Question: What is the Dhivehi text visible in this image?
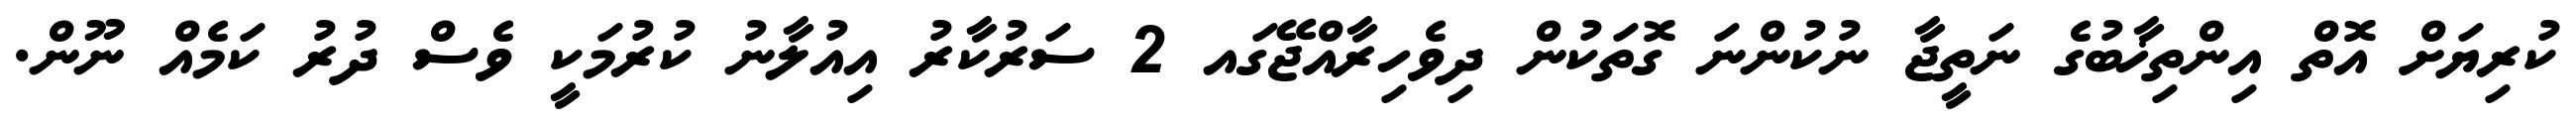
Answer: ކުރިޔަށް އޮތް އިންތިޚާބުގެ ނަތީޖާ ނުކުންނަ ގޮތަކުން ދިވެހިރާއްޖޭގައ 2 ސަރުކާރު އިއުލާނު ކުރުމަކީ ވެސް ދުރު ކަމެއް ނޫން.